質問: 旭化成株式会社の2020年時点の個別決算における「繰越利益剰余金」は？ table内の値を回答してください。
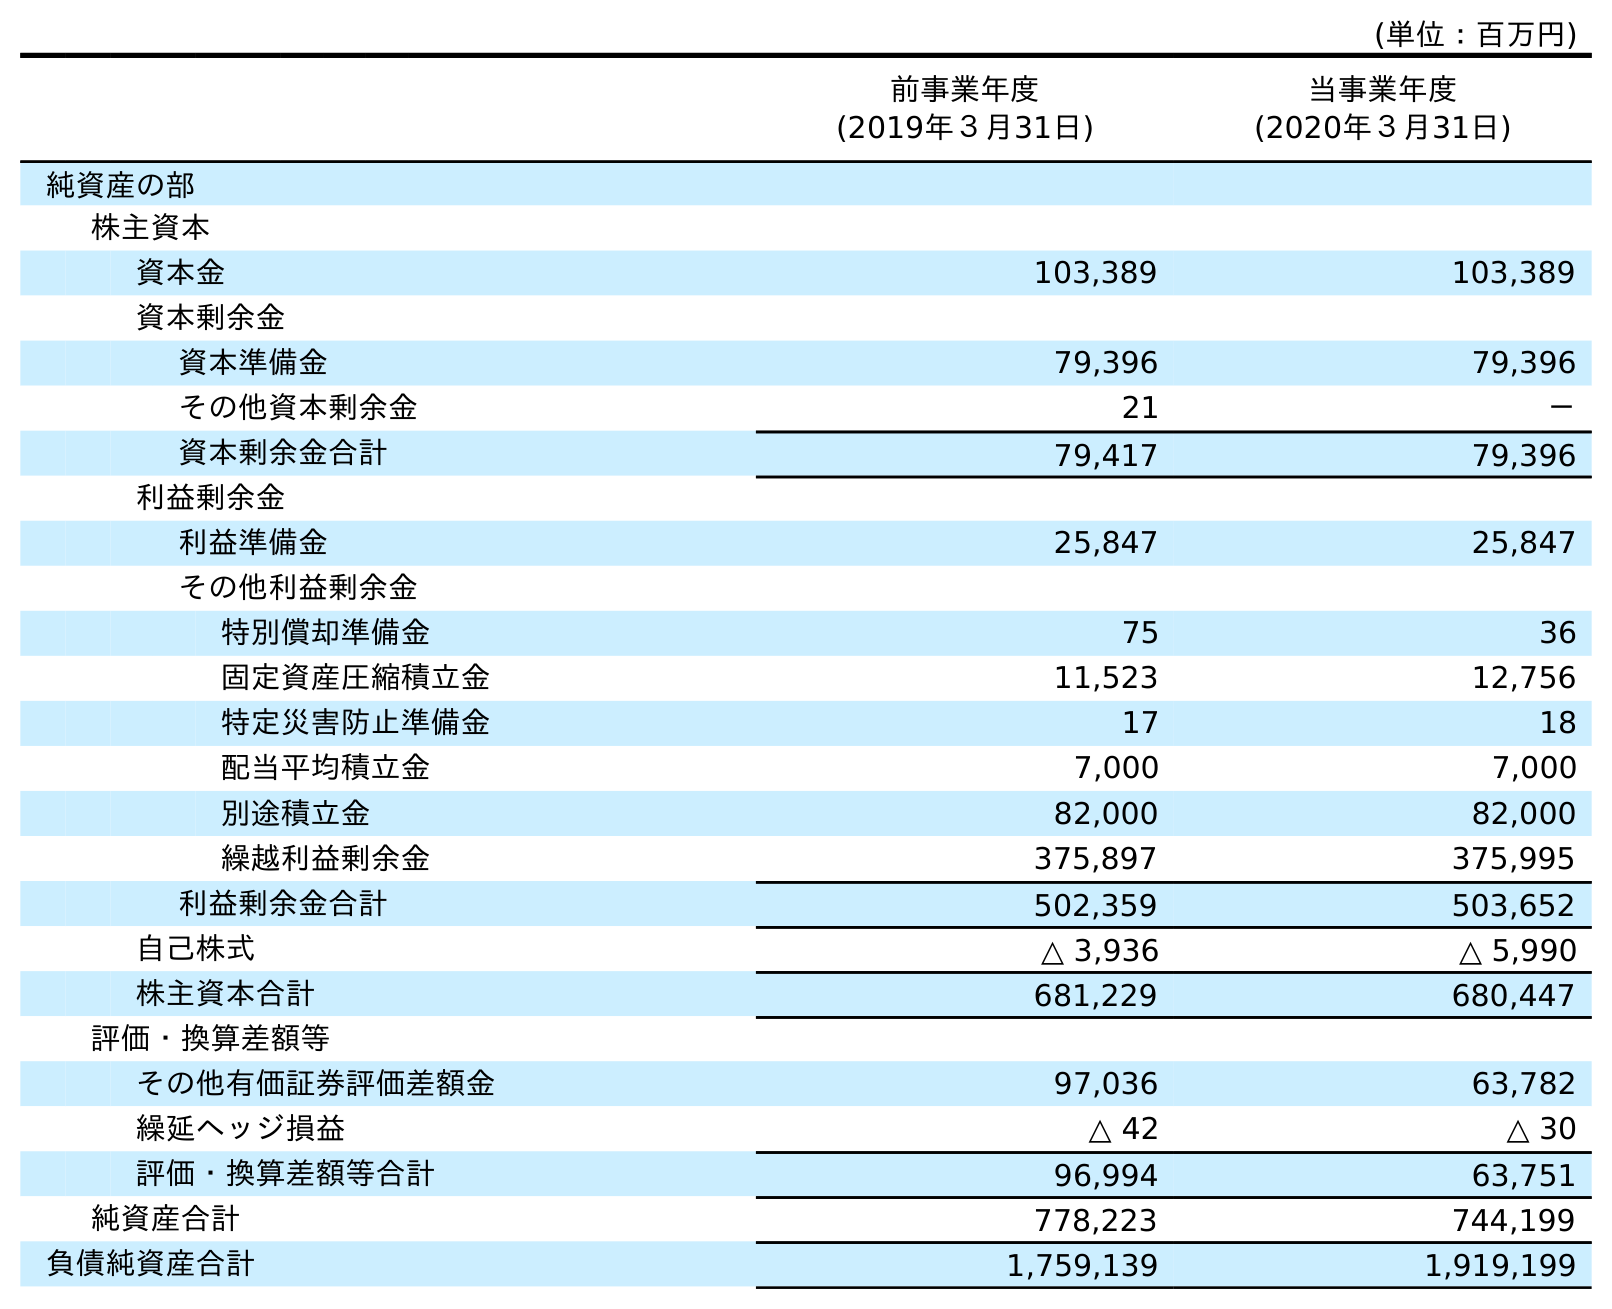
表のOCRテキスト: (単位：百万円) 前事業年度 (2019年３月31日) 当事業年度 (2020年３月31日) 純資産の部 株主資本 資本金 103,389 103,389 資本剰余金 資本準備金 79,396 79,396 その他資本剰余金 21 － 資本剰余金合計 79,417 79,396 利益剰余金 利益準備金 25,847 25,847 その他利益剰余金 特別償却準備金 75 36 固定資産圧縮積立金 11,523 12,756 特定災害防止準備金 17 18 配当平均積立金 7,000 7,000 別途積立金 82,000 82,000 繰越利益剰余金 375,897 375,995 利益剰余金合計 502,359 503,652 自己株式 △ 3,936 △ 5,990 株主資本合計 681,229 680,447 評価・換算差額等 その他有価証券評価差額金 97,036 63,782 繰延ヘッジ損益 △ 42 △ 30 評価・換算差額等合計 96,994 63,751 純資産合計 778,223 744,199 負債純資産合計 1,759,139 1,919,199
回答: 375,995